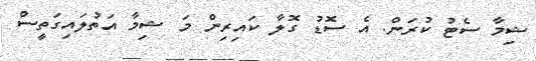
ޝިމާ ސެޓު ކުރަން. އެ ސޮޑު ގޮލާ ކައިރިން މަ ޝިމާ އަތުލައިގަތީސް